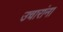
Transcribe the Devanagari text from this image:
उचारांना